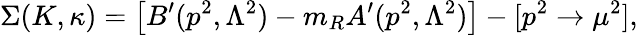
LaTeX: \Sigma(K,\kappa)=\left[B^{\prime}(p^{2},\Lambda^{2})-m_{R}A^{\prime}(p^{2},\Lambda^{2})\right]-[p^{2}\rightarrow\mu^{2}],